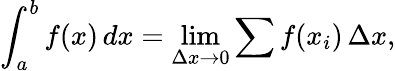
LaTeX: \int_{a}^{b}f(x)\, dx=\operatorname*{lim}_{\Delta x\to 0}\sum f(x_{i})\, \Delta x,